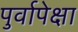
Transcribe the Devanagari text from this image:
पुर्वापेक्षा